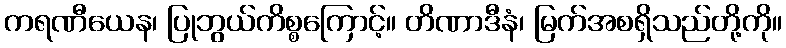
ကရဏီယေန၊ ပြုဘွယ်ကိစ္စကြောင့်။ တိဏာဒီနံ၊ မြက်အစရှိသည်တို့ကို။